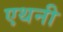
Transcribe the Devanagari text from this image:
एथनी